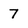
Character: 7